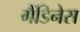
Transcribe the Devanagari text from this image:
गैंडिनेस